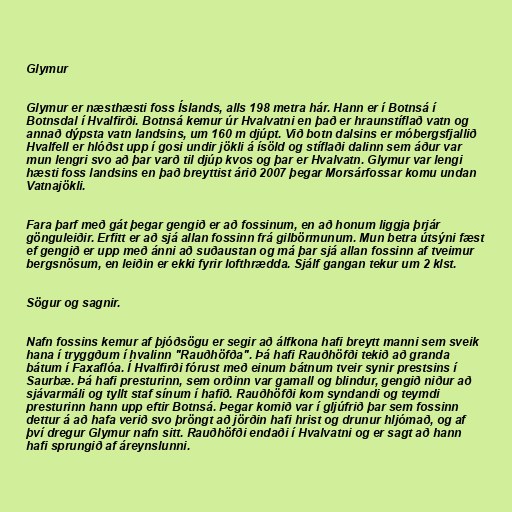
Glymur

Glymur er næsthæsti foss Íslands, alls 198 metra hár. Hann er í Botnsá í
Botnsdal í Hvalfirði. Botnsá kemur úr Hvalvatni en það er hraunstíflað vatn og
annað dýpsta vatn landsins, um 160 m djúpt. Við botn dalsins er móbergsfjallið
Hvalfell er hlóðst upp í gosi undir jökli á ísöld og stíflaði dalinn sem áður var
mun lengri svo að þar varð til djúp kvos og þar er Hvalvatn. Glymur var lengi
hæsti foss landsins en það breyttist árið 2007 þegar Morsárfossar komu undan
Vatnajökli.

Fara þarf með gát þegar gengið er að fossinum, en að honum liggja þrjár
gönguleiðir. Erfitt er að sjá allan fossinn frá gilbörmunum. Mun betra útsýni fæst
ef gengið er upp með ánni að suðaustan og má þar sjá allan fossinn af tveimur
bergsnösum, en leiðin er ekki fyrir lofthrædda. Sjálf gangan tekur um 2 klst.

Sögur og sagnir.

Nafn fossins kemur af þjóðsögu er segir að álfkona hafi breytt manni sem sveik
hana í tryggðum í hvalinn "Rauðhöfða". Þá hafi Rauðhöfði tekið að granda
bátum í Faxaflóa. Í Hvalfirði fórust með einum bátnum tveir synir prestsins í
Saurbæ. Þá hafi presturinn, sem orðinn var gamall og blindur, gengið niður að
sjávarmáli og tyllt staf sínum í hafið. Rauðhöfði kom syndandi og teymdi
presturinn hann upp eftir Botnsá. Þegar komið var í gljúfrið þar sem fossinn
dettur á að hafa verið svo þröngt að jörðin hafi hrist og drunur hljómað, og af
því dregur Glymur nafn sitt. Rauðhöfði endaði í Hvalvatni og er sagt að hann
hafi sprungið af áreynslunni.